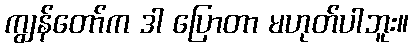
ကျွန်တော်က ဒါ ပြောတာ မဟုတ်ပါဘူး။